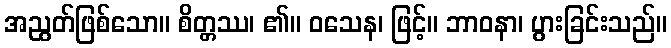
အညွတ်ဖြစ်သော။ စိတ္တဿ၊ ၏။ ဝသေန၊ ဖြင့်။ ဘာဝနာ၊ ပွားခြင်းသည်။